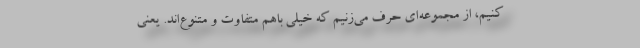
‌کنیم، از مجموعه‌ای حرف می‌زنیم که خیلی باهم متفاوت و متنوع‌اند. یعنی